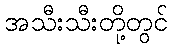
အသီးသီးတို့တွင်